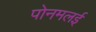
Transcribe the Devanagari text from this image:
पोनमलई